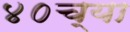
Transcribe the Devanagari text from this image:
४०च्या